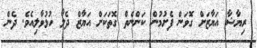
ރިޔާޝާ އަޔާޒަށް ގޮވަން ފެށުމުން ކަންނެތް ގޮތަކަށް އަޔާޒް ދެލޯ ހުޅުވާލިއެވެ. ދެން